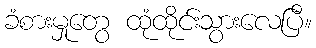
ခံစားမှုတွေ ထုံထိုင်းသွားလေပြီ။